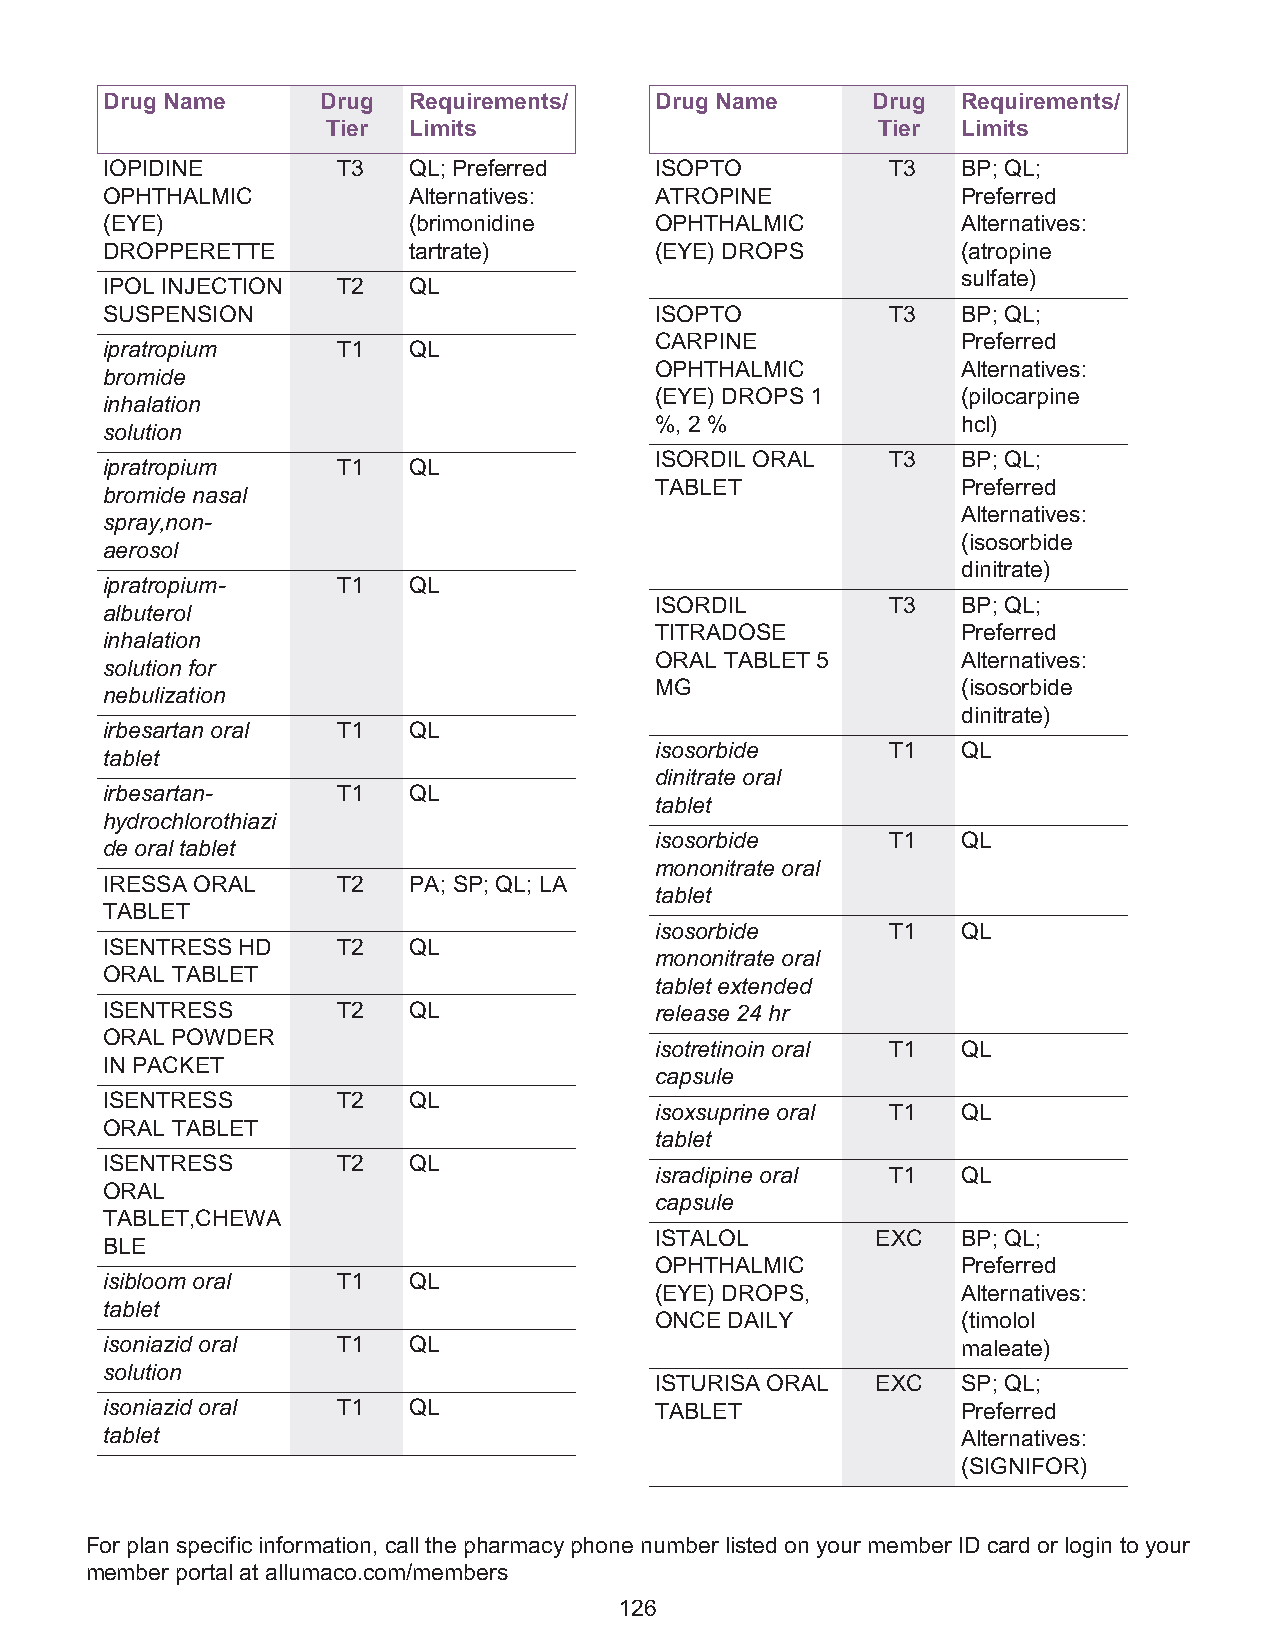
Drug Name     Drug  Requirements/   Drug Name      Drug  Requirements/
 Tier Limits                         Tier  Limits
 IOPIDINE       T3   QL; Preferred   ISOPTO          T3   BP; QL;
 OPHTHALMIC          Alternatives:   ATROPINE             Preferred
 (EYE)               (brimonidine    OPHTHALMIC           Alternatives:
 DROPPERETTE         tartrate)       (EYE) DROPS          (atropine
 sulfate)
 IPOL INJECTION T2   QL
 SUSPENSION                          ISOPTO          T3   BP; QL;
 CARPINE              Preferred
 ipratropium    T1   QL
 OPHTHALMIC           Alternatives:
 bromide
 (EYE) DROPS 1        (pilocarpine
 inhalation
 %, 2 %               hcl)
 solution
 ISORDIL ORAL    T3   BP; QL;
 ipratropium    T1   QL
 TABLET               Preferred
 bromide nasal
 Alternatives:
 spray,non-
 (isosorbide
 aerosol
 dinitrate)
 ipratropium-   T1   QL
 ISORDIL         T3   BP; QL;
 albuterol
 TITRADOSE            Preferred
 inhalation
 ORAL TABLET 5        Alternatives:
 solution for
 MG                   (isosorbide
 nebulization
 dinitrate)
 irbesartan oral T1  QL
 isosorbide      T1   QL
 tablet
 dinitrate oral
 irbesartan-    T1   QL
 tablet
 hydrochlorothiazi
 isosorbide      T1   QL
 de oral tablet
 mononitrate oral
 IRESSA ORAL    T2   PA; SP; QL; LA
 tablet
 TABLET
 isosorbide      T1   QL
 ISENTRESS HD   T2   QL
 mononitrate oral
 ORAL TABLET
 tablet extended
 ISENTRESS      T2   QL              release 24 hr
 ORAL POWDER
 isotretinoin oral T1 QL
 IN PACKET
 capsule
 ISENTRESS      T2   QL
 isoxsuprine oral T1  QL
 ORAL TABLET
 tablet
 ISENTRESS      T2   QL
 isradipine oral T1   QL
 ORAL
 capsule
 TABLET,CHEWA
 ISTALOL        EXC   BP; QL;
 BLE
 OPHTHALMIC           Preferred
 isibloom oral  T1   QL
 (EYE) DROPS,         Alternatives:
 tablet
 ONCE DAILY           (timolol
 isoniazid oral T1   QL                                   maleate)
 solution
 ISTURISA ORAL  EXC   SP; QL;
 isoniazid oral T1   QL              TABLET               Preferred
 tablet                                                   Alternatives:
 (SIGNIFOR)
 For plan specific information, call the pharmacy phone number listed on your member ID card or login to your
 member portal at allumaco.com/members
 126